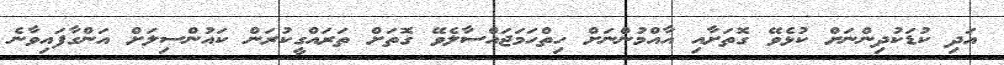
އަދި ކުޑަކުދިންނަށް ކުޅެވޭ ގޮތަށާއި އާއްމުންނަށް ހިތްހަމަޖައްސާލެވޭ ގޮތަށް ތަރައްގީކުރަން ކައުންސިލަށް އަންގާފައިވާނެ